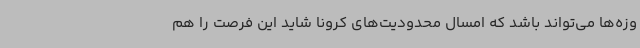
وزه‌ها می‌تواند باشد که امسال محدودیت‌های کرونا شاید این فرصت را هم